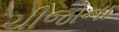
ચીજોના